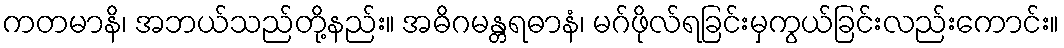
ကတမာနိ၊ အဘယ်သည်တို့နည်း။ အဓိဂမန္တရဓာနံ၊ မဂ်ဖိုလ်ရခြင်းမှကွယ်ခြင်းလည်းကောင်း။